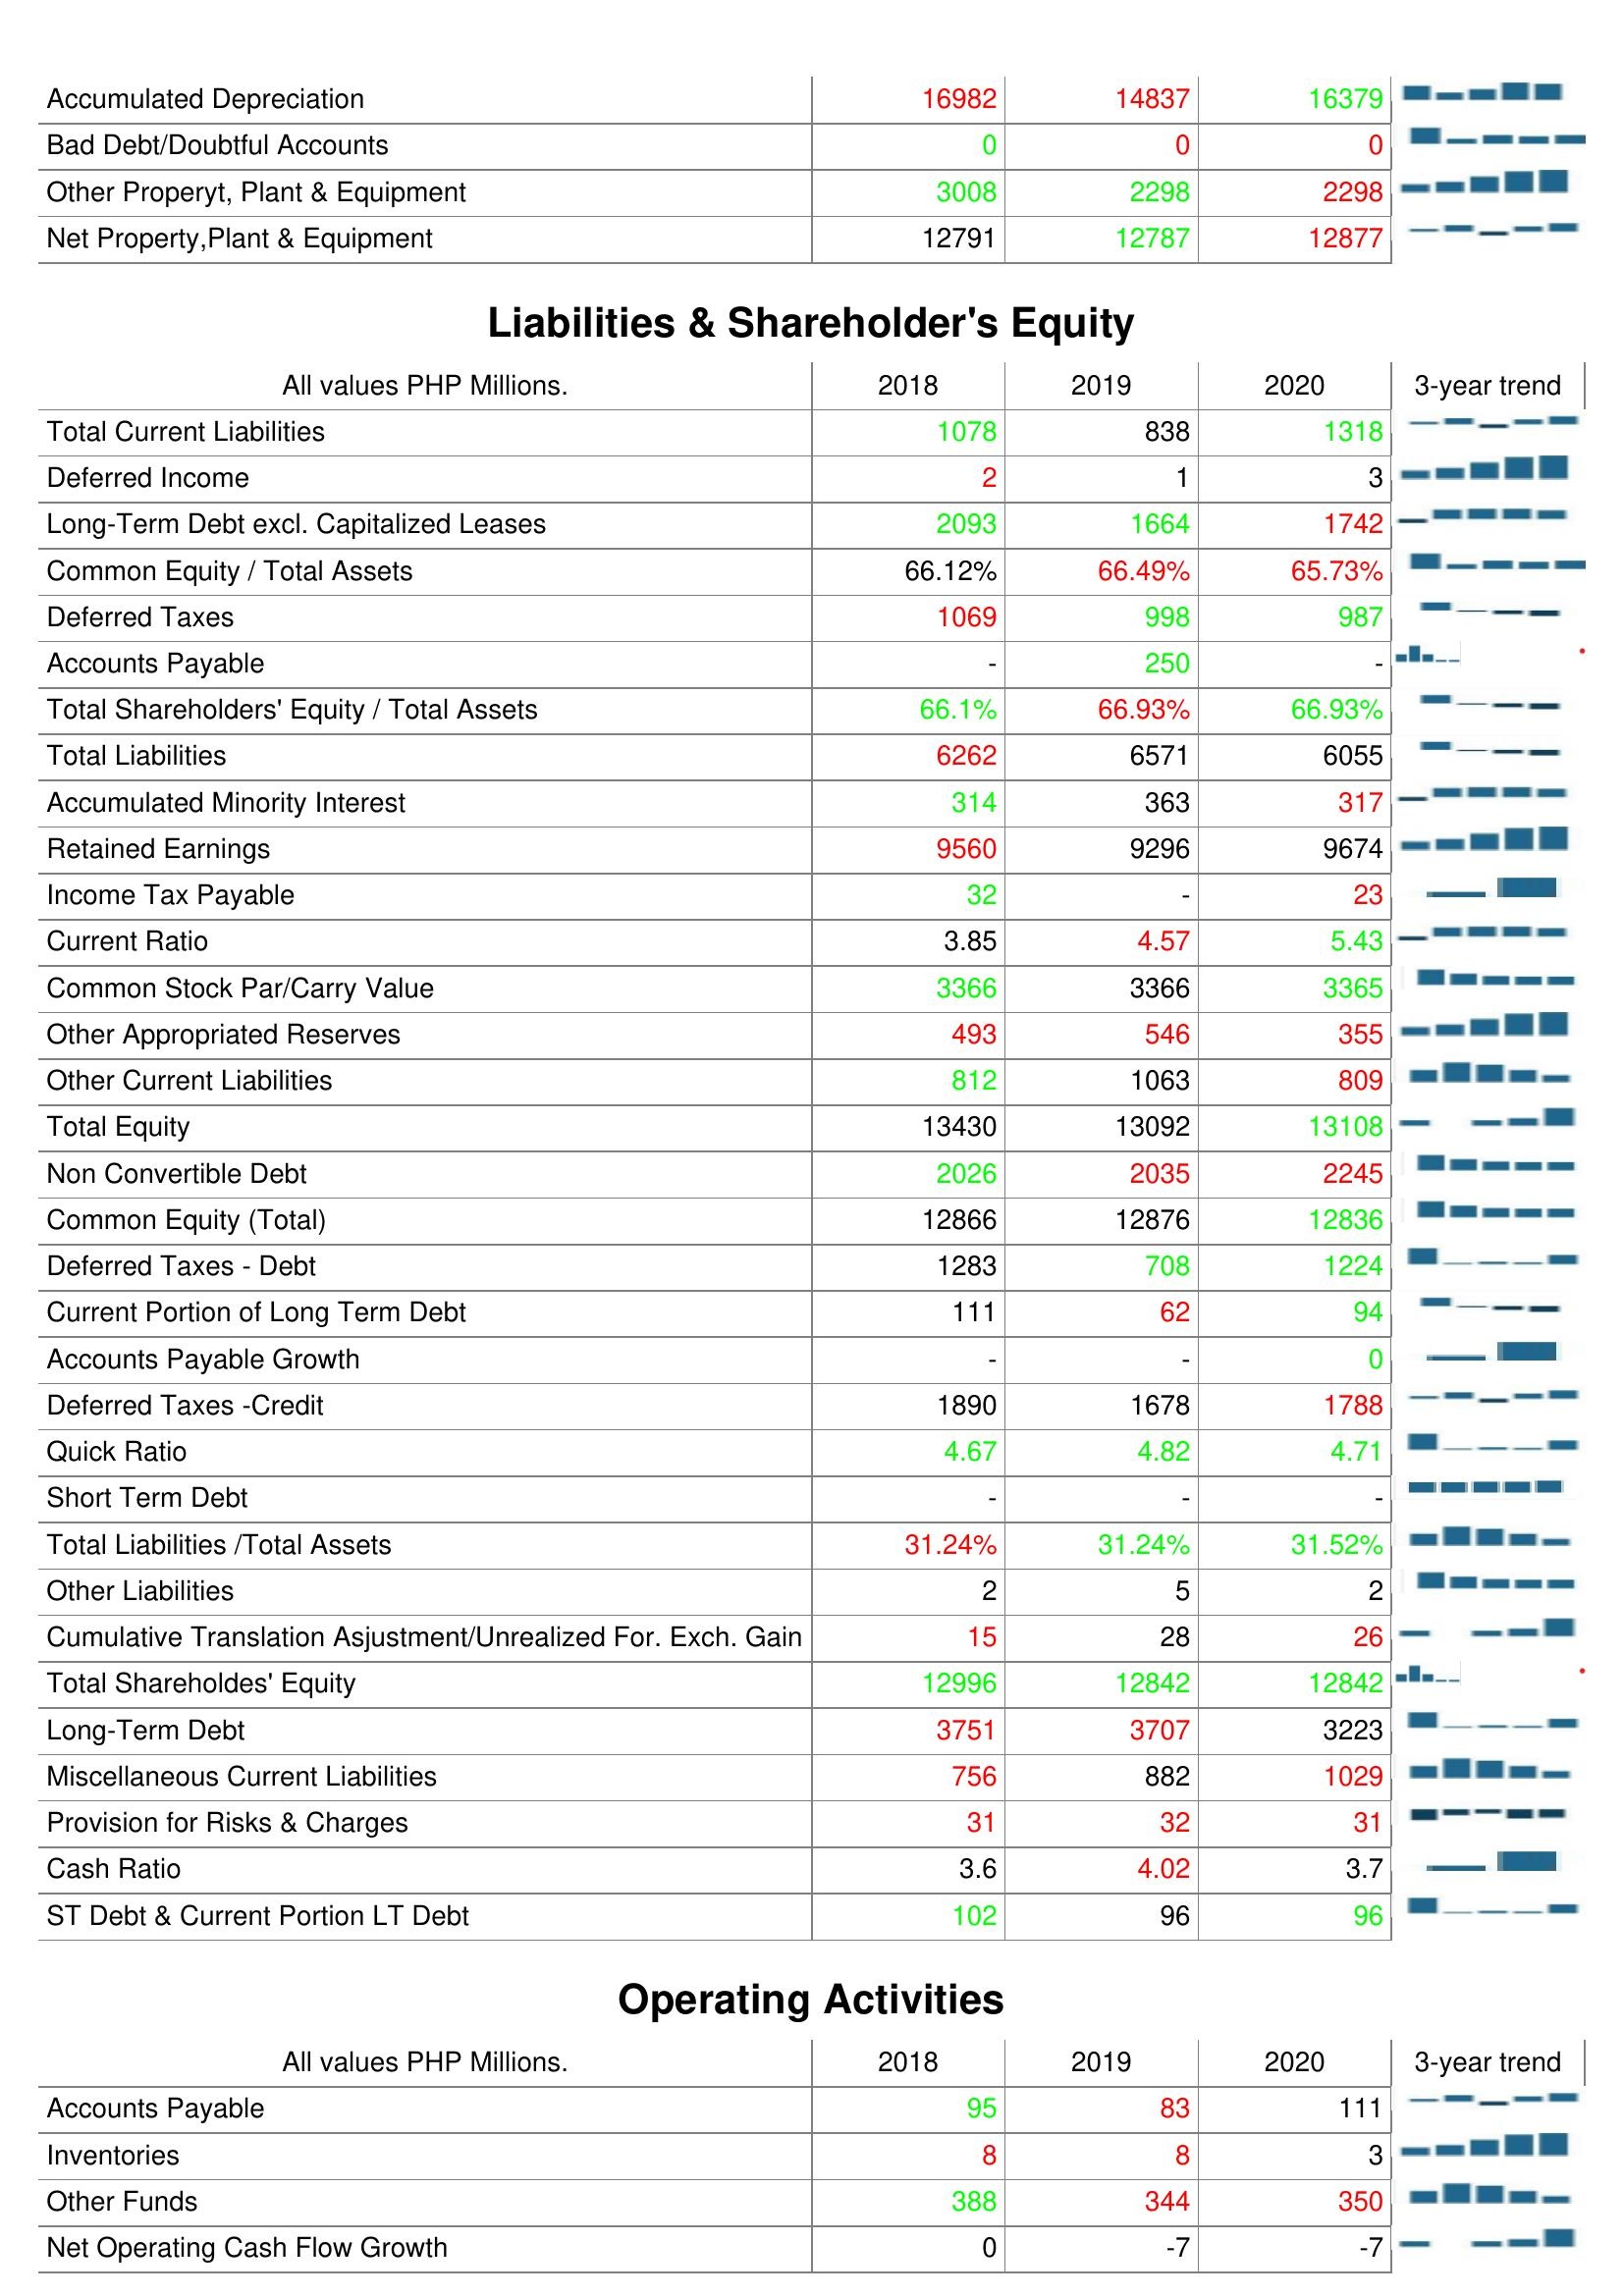
2018: Assets: Accumulated Depreciation: 16982
Bad Debt/Doubtful Accounts: 0
Other Properyt, Plant & Equipment: 3008
Net Property,Plant & Equipment: 12791
Liabilities & Shareholder's Equity: Total Current Liabilities: 1078
Deferred Income: 2
Long-Term Debt excl. Capitalized Leases: 2093
Common Equity / Total Assets: 66.12%
Deferred Taxes: 1069
Accounts Payable: -
Total Shareholders' Equity / Total Assets: 66.1%
Total Liabilities: 6262
Accumulated Minority Interest: 314
Retained Earnings: 9560
Income Tax Payable: 32
Current Ratio: 3.85
Common Stock Par/Carry Value: 3366
Other Appropriated Reserves: 493
Other Current Liabilities: 812
Total Equity: 13430
Non Convertible Debt: 2026
Common Equity (Total): 12866
Deferred Taxes - Debt: 1283
Current Portion of Long Term Debt: 111
Accounts Payable Growth: -
Deferred Taxes -Credit: 1890
Quick Ratio: 4.67
Short Term Debt: -
Total Liabilities /Total Assets: 31.24%
Other Liabilities: 2
Cumulative Translation Asjustment/Unrealized For. Exch. Gain: 15
Total Shareholdes' Equity: 12996
Long-Term Debt: 3751
Miscellaneous Current Liabilities: 756
Provision for Risks & Charges: 31
Cash Ratio: 3.6
ST Debt & Current Portion LT Debt: 102
Operating Activities: Accounts Payable: 95
Inventories: 8
Other Funds: 388
Net Operating Cash Flow Growth: 0
2019: Assets: Accumulated Depreciation: 14837
Bad Debt/Doubtful Accounts: 0
Other Properyt, Plant & Equipment: 2298
Net Property,Plant & Equipment: 12787
Liabilities & Shareholder's Equity: Total Current Liabilities: 838
Deferred Income: 1
Long-Term Debt excl. Capitalized Leases: 1664
Common Equity / Total Assets: 66.49%
Deferred Taxes: 998
Accounts Payable: 250
Total Shareholders' Equity / Total Assets: 66.93%
Total Liabilities: 6571
Accumulated Minority Interest: 363
Retained Earnings: 9296
Income Tax Payable: -
Current Ratio: 4.57
Common Stock Par/Carry Value: 3366
Other Appropriated Reserves: 546
Other Current Liabilities: 1063
Total Equity: 13092
Non Convertible Debt: 2035
Common Equity (Total): 12876
Deferred Taxes - Debt: 708
Current Portion of Long Term Debt: 62
Accounts Payable Growth: -
Deferred Taxes -Credit: 1678
Quick Ratio: 4.82
Short Term Debt: -
Total Liabilities /Total Assets: 31.24%
Other Liabilities: 5
Cumulative Translation Asjustment/Unrealized For. Exch. Gain: 28
Total Shareholdes' Equity: 12842
Long-Term Debt: 3707
Miscellaneous Current Liabilities: 882
Provision for Risks & Charges: 32
Cash Ratio: 4.02
ST Debt & Current Portion LT Debt: 96
Operating Activities: Accounts Payable: 83
Inventories: 8
Other Funds: 344
Net Operating Cash Flow Growth: -7
2020: Assets: Accumulated Depreciation: 16379
Bad Debt/Doubtful Accounts: 0
Other Properyt, Plant & Equipment: 2298
Net Property,Plant & Equipment: 12877
Liabilities & Shareholder's Equity: Total Current Liabilities: 1318
Deferred Income: 3
Long-Term Debt excl. Capitalized Leases: 1742
Common Equity / Total Assets: 65.73%
Deferred Taxes: 987
Accounts Payable: -
Total Shareholders' Equity / Total Assets: 66.93%
Total Liabilities: 6055
Accumulated Minority Interest: 317
Retained Earnings: 9674
Income Tax Payable: 23
Current Ratio: 5.43
Common Stock Par/Carry Value: 3365
Other Appropriated Reserves: 355
Other Current Liabilities: 809
Total Equity: 13108
Non Convertible Debt: 2245
Common Equity (Total): 12836
Deferred Taxes - Debt: 1224
Current Portion of Long Term Debt: 94
Accounts Payable Growth: 0
Deferred Taxes -Credit: 1788
Quick Ratio: 4.71
Short Term Debt: -
Total Liabilities /Total Assets: 31.52%
Other Liabilities: 2
Cumulative Translation Asjustment/Unrealized For. Exch. Gain: 26
Total Shareholdes' Equity: 12842
Long-Term Debt: 3223
Miscellaneous Current Liabilities: 1029
Provision for Risks & Charges: 31
Cash Ratio: 3.7
ST Debt & Current Portion LT Debt: 96
Operating Activities: Accounts Payable: 111
Inventories: 3
Other Funds: 350
Net Operating Cash Flow Growth: -7